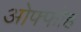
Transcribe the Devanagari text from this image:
ओफ्फोह